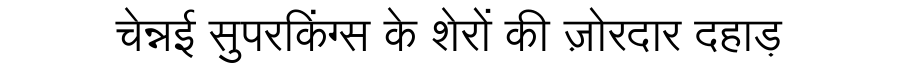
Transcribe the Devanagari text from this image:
चेन्नई सुपरकिंग्स के शेरों की ज़ोरदार दहाड़